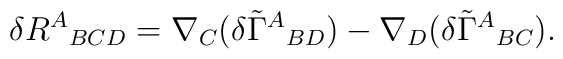
\delta R^A{}_{BCD}=\nabla_{C}(\delta {\tilde \Gamma^A{}_{BD})}-\nabla_{D}(\delta {\tilde \Gamma^A{}_{BC})}.